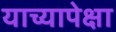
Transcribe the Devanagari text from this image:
याच्यापेक्षा